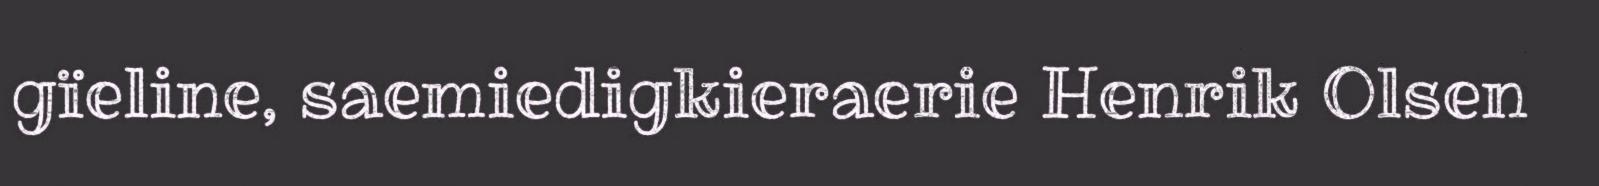
gïeline, saemiedigkieraerie Henrik Olsen